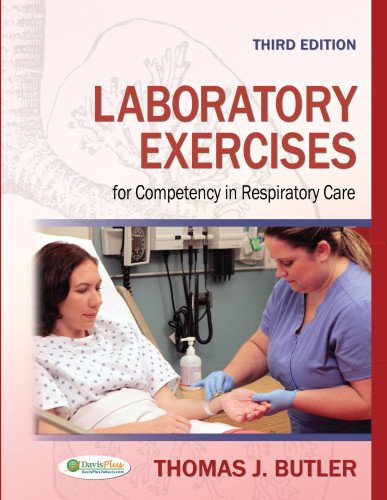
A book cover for Laboratory Exercises for Competency in Respiratory Care; Thomas J. Butler Ph.D  RRT  RPFT; Medical Books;